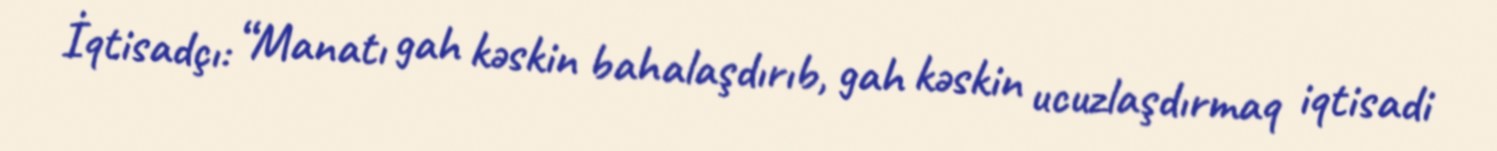
İqtisadçı: “Manatı gah kəskin bahalaşdırıb, gah kəskin ucuzlaşdırmaq iqtisadi